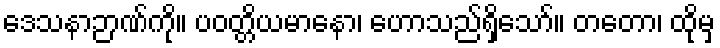
ဒေသနာဉာဏ်ကို။ ပဝတ္တိယမာနော၊ ဟောသည်ရှိသော်။ တတော၊ ထိုမှ